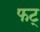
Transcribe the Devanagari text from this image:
फट्